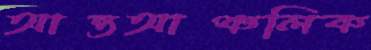
আন্তআঞ্চলিক